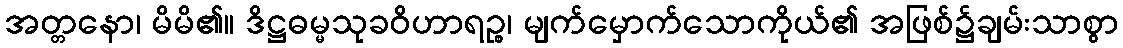
အတ္တနော၊ မိမိ၏။ ဒိဋ္ဌဓမ္မသုခဝိဟာရဉ္စ၊ မျက်မှောက်သောကိုယ်၏ အဖြစ်၌ချမ်းသာစွာ